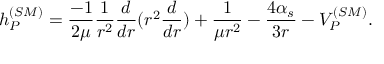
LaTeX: h _ { P } ^ { ( S M ) } = { \frac { - 1 } { 2 \mu } } { \frac { 1 } { r ^ { 2 } } } { \frac { d } { d r } } ( r ^ { 2 } { \frac { d } { d r } } ) + { \frac { 1 } { \mu r ^ { 2 } } } - { \frac { 4 \alpha _ { s } } { 3 r } } - V _ { P } ^ { ( S M ) } .